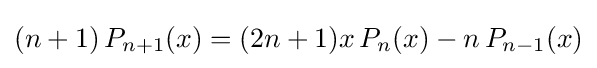
(n+1)\,P_{n+1}(x)=(2n+1)x\,P_{n}(x)-n\,P_{n-1}(x)